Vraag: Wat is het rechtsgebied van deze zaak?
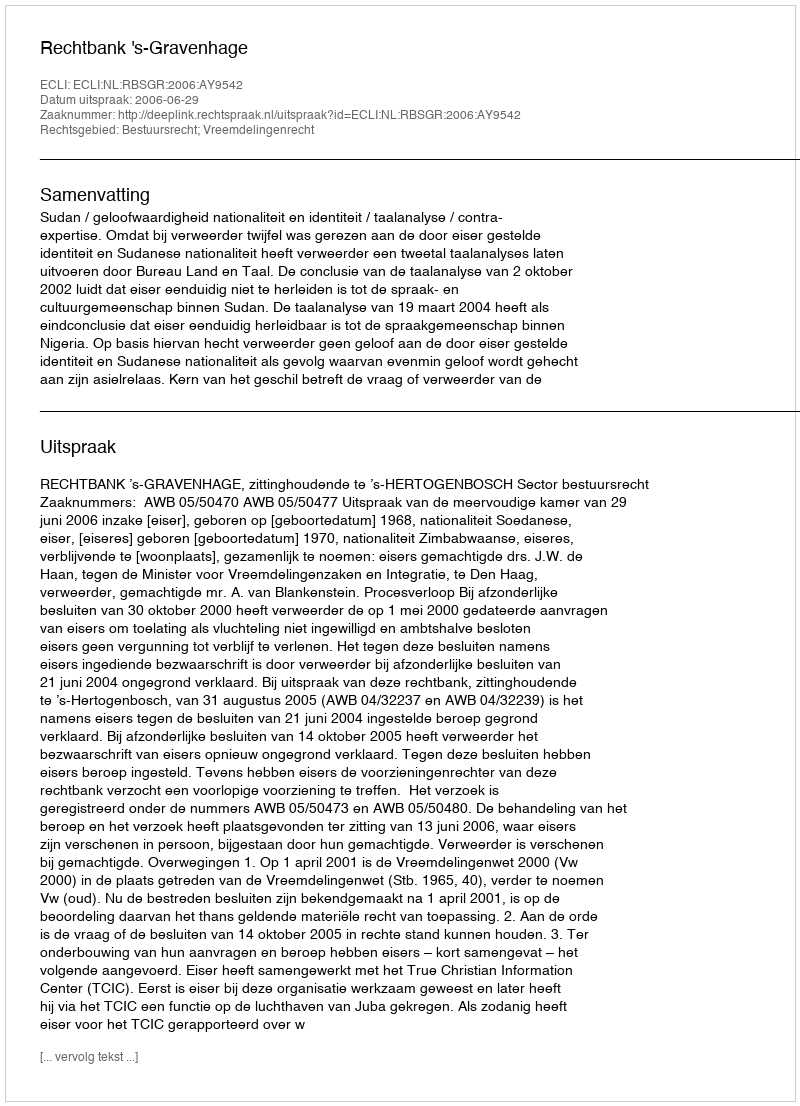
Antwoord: Bestuursrecht; Vreemdelingenrecht